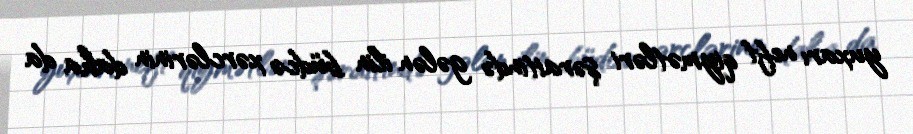
yuxarı neft qiymətləri şəraitində gələn ilin büdcə xərclərinin daha da